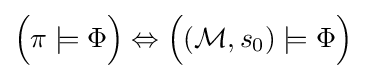
{\Big (}\pi \models \Phi {\Big )}\Leftrightarrow {\Big (}({\mathcal {M}},s_{0})\models \Phi {\Big )}